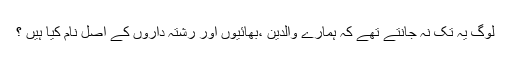
لوگ یہ تک نہ جانتے تھے کہ ہمارے والدین ،بھائیوں اور رشتہ داروں کے اصل نام کیا ہیں ؟